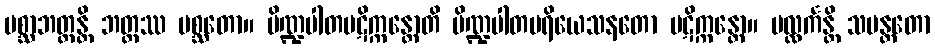
ပစ္ဆာဘတ္တန္တိ ဘတ္တဿ ပစ္ဆတော။ ပိဏ္ဍပါတပဋိက္ကန္တောတိ ပိဏ္ဍပါတပရိယေသနတော ပဋိက္ကန္တော။ ပလ္လင်္ကန္တိ သမန္တတော